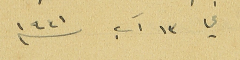
في ١٣ آب سنه 1941